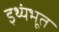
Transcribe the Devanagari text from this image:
इथ्यंभूत